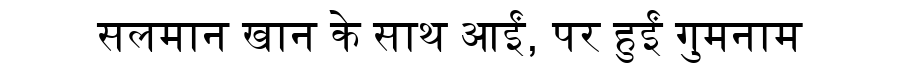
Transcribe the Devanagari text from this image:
सलमान खान के साथ आईं, पर हुईं गुमनाम